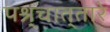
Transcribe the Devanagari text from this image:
पश्र्चात्‌तारे